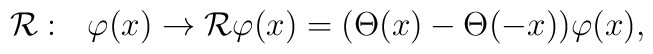
{\cal R} :\ \  \varphi(x) \rightarrow {\cal R}              \varphi(x) = (\Theta(x)-\Theta(-x))\varphi(x),